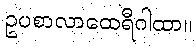
ဥပစာလာထေရီဂါထာ။